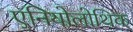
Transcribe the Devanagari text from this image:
एनियोलोथिक